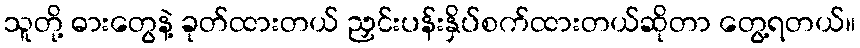
သူတို့ ဓားတွေနဲ့ ခုတ်ထားတယ် ညှင်းပန်းနှိပ်စက်ထားတယ်ဆိုတာ တွေ့ရတယ်။